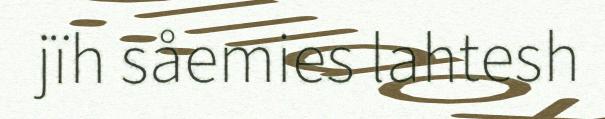
jïh såemies lahtesh